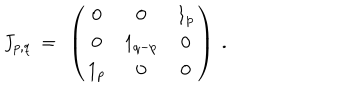
J _ { p , q } ~ = ~ \left( \begin{array} { c c c } { { 0 } } & { { 0 } } & { { 1 _ { p } } } \\ { { 0 } } & { { 1 _ { q - p } } } & { { 0 } } \\ { { 1 _ { p } } } & { { 0 } } & { { 0 } } \\ \end{array} \right) ~ .